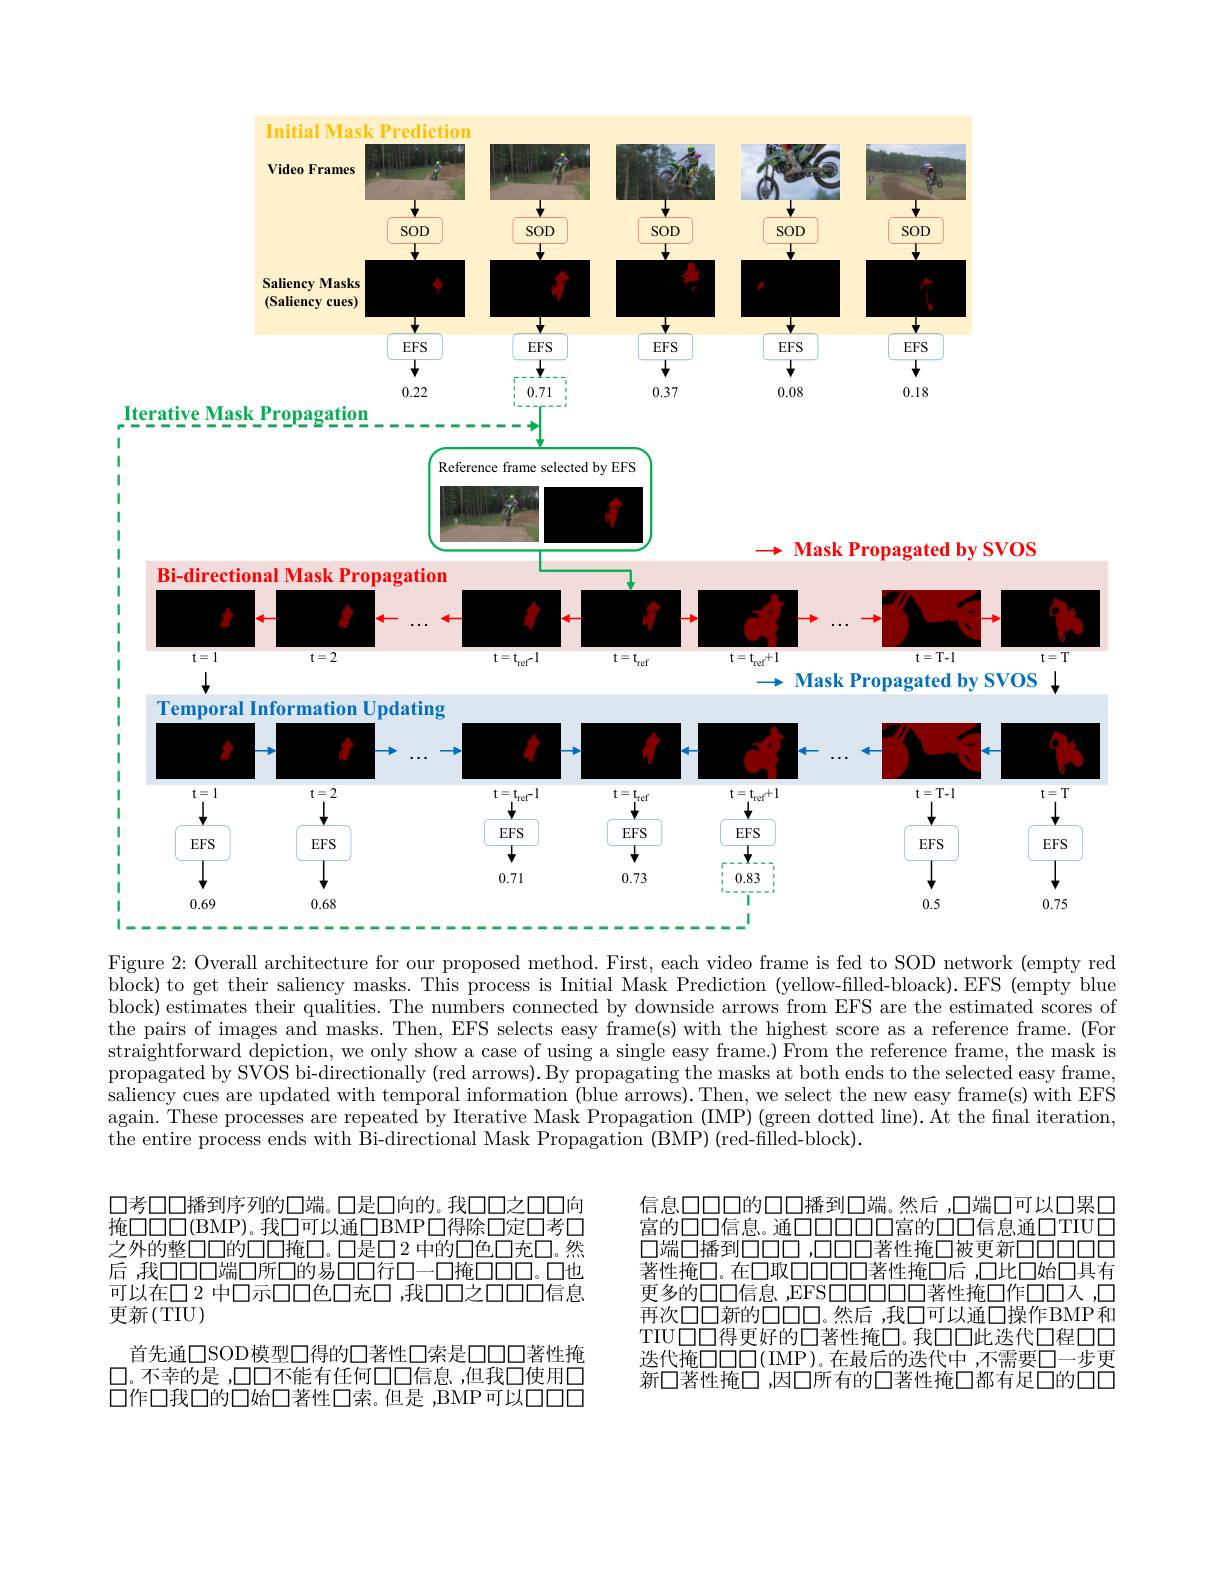
<FigureHere>
$t=T$ $t=T$ 1 EFS 0.75

Figure 2: Overall architecture for our proposed method. First, each video frame is fed to SOD network (empty red block) to get their saliency masks. This process is Initial Mask Prediction (yellow-filled-bloack). EFS (empty blue block) estimates their qualities. The numbers connected by downside arrows from EFS are the estimated scores of the pairs of images and masks. Then, EFS selects easy frame(s) with the highest score as a reference frame. (For straightforward depiction, we only show a case of using a single easy frame.) From the reference frame, the mask is propagated by SVOS bi-directionally (red arrows).By propagating the masks at both ends to the selected easy frame, saliency cues are updated with temporal information (blue arrows). Then, we select the new easy frame(s) with EFS again. These processes are repeated by Iterative Mask Propagation (IMP) (green dotted line). At the final iteration, the entire process ends with Bi-directional Mask Propagation (BMP) (red-filled-block).

信息口口口的口口播到口端。然后 ,口端口可以口累口富的口口信息。通口口口口口口富的口口信息通口TIU口口端口播到口口口，口口口口著性掩口被更新口口口口口著性掩口。在口取口口口口口著性掩口后 ,口比口始口具有更多的口口信息，EFSOODOO著性掩口作口口人，口再次口口新的口口口。然后，我口可以通口操作BMP和TIU口口得更好的口著性掩口。我口口此迭代口程口口迭代掩口口口(IMP)。在最后的迭代中，不需要口一步更新口著性掩口，因口所有的口著性掩口都有足口的口口

口考口口播到序列的口端。口是口向的。我口口之口口向掩□□□(BMP)。我□可以通□BMP□得除口定口考□ 之外的整□□的口口掩□。口是口2 中的口色口充口。然后，我口口口端口所口的易口口行口一口掩口口口。口也可以在口 2 中口示口口色口充口，我口口之口口信息更新(TIU)
首先通口SOD模型口得的口著性口索是口口口著性掩$\square$。不幸的是，口口不能有任何口口信息，但我口使用口口作口我口的口始口著性口索。但是 ,BMP可以口口口口